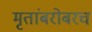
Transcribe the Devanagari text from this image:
मृतांबरोबरच